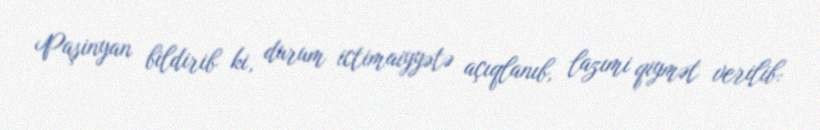
Paşinyan bildirib ki, durum ictimaiyyətə açıqlanıb, lazımi qiymət verilib: